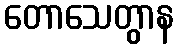
တောသေတွာန